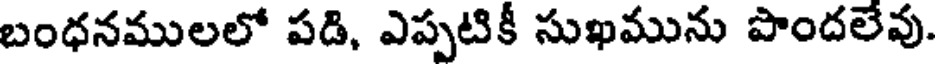
బంధనములలో పడి, ఎప్పటికీ సుఖమును పొందలేవు.